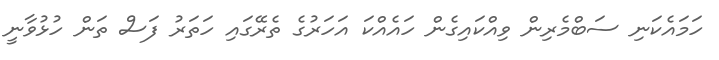
ހަމައެކަނި ސަބްމެރިން ވިއްކައިގެން ހައެއްކަ އަހަރުގެ ތެރޭގައި ހަތަރު ފަސް ތަން ހުޅުވާނީ